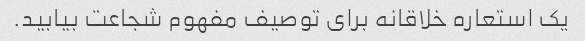
یک استعاره خلاقانه برای توصیف مفهوم شجاعت بیابید.